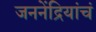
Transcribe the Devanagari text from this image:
जननेंद्रियांचं